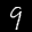
Label: 9